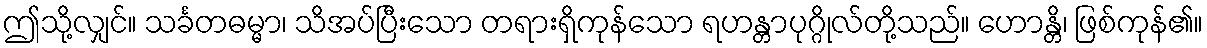
ဤသို့လျှင်။ သင်္ခတဓမ္မာ၊ သိအပ်ပြီးသော တရားရှိကုန်သော ရဟန္တာပုဂ္ဂိုလ်တို့သည်။ ဟောန္တိ၊ ဖြစ်ကုန်၏။